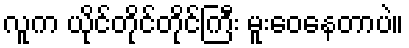
လူက ယိုင်တိုင်တိုင်ကြီး မူးဝေနေတာပဲ။